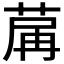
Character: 𦱲